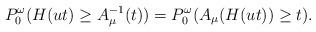
LaTeX: \begin{align*} P_0^\omega(H(ut)\ge A_\mu^{-1}(t))= P_0^\omega(A_\mu(H(ut))\ge t).\end{align*}